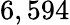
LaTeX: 6,594